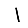
Digit: 1